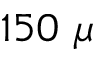
1 5 0 ~ \mu